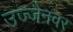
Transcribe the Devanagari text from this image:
उज्जैनवर